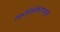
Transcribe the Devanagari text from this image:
स्फटिकीकरणामुळे